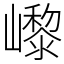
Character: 㠟